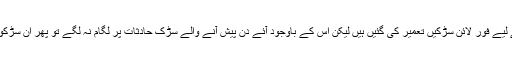
دراصل سڑک حادثات سے بچنے کے لیے فور لائن سڑکیں تعمیر کی گئیں ہیں لیکن اس کے باوجود آئے دن پیش آنے والے سڑک حادثات پر لگام نہ لگے تو پھر ان سڑکوں کا کوئی فائدہ عوام کو نہیں ملے گا۔